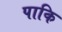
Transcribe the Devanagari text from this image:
पाकि